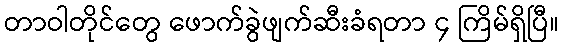
တာဝါတိုင်တွေ ဖောက်ခွဲဖျက်ဆီးခံရတာ ၄ ကြိမ်ရှိပြီ။